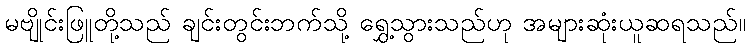
မဗျိုင်းဖြူတို့သည် ချင်းတွင်းဘက်သို့ ရွှေ့သွားသည်ဟု အများဆုံးယူဆရသည်။